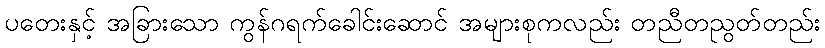
ပတေးနှင့် အခြားသော ကွန်ဂရက်ခေါင်းဆောင် အများစုကလည်း တညီတညွတ်တည်း